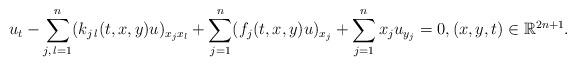
LaTeX: \begin{align*}u_t - \sum_{j, \, l=1}^{n}(k_{j\,l}(t,x,y) u)_{x_j x_l} + \sum_{j=1}^{n}(f_j(t,x,y) u)_{x_j} + \sum_{j=1}^{n} x_j u_{y_j} = 0, (x,y,t) \in \mathbb{R}^{2n+1}.\end{align*}